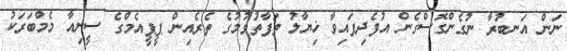
ނަން އަނބުރާ ނުގެންގޮސްގެން އުފެދިފައިވާ ޚިޔާލު ތަފާތުވުމުގެ ތެރެއިން ޕީޕީއެމްގެ ސީނިއާ މެމްބަރަކު